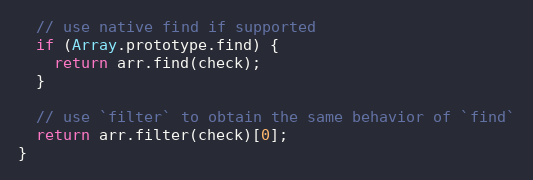
Language: JavaScript
  // use native find if supported
  if (Array.prototype.find) {
    return arr.find(check);
  }

  // use `filter` to obtain the same behavior of `find`
  return arr.filter(check)[0];
}